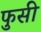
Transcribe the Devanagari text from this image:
फुसी